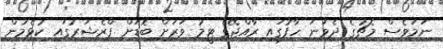
ނަމަވެސް މެޗުގެ ދެވަނަ ހާފުގައި ރާއްޖޭގެ ޓީމު ވަރަށް ބޮޑަށް ޕްރެޝަރުގައި ކުޅެމުން